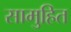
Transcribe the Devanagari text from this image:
सामुहित